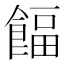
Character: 𩜰